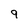
Character: 9